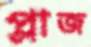
প্লাজ